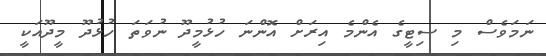
ނަމަވެސް މި ސިޓީގެ އެންމެ އިރަށް އޮންނަ ހުޅުމީދޫ ނުވަތަ ހުޅުދޫ މީދޫއަކީ